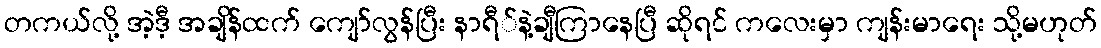
တကယ်လို့ အဲ့ဒီ့ အချိန်ထက် ကျော်လွန်ပြီး နာရီ်နဲ့ချီကြာနေပြီ ဆိုရင် ကလေးမှာ ကျန်းမာရေး သို့မဟုတ်